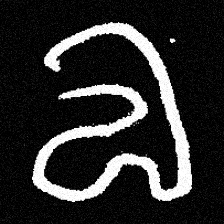
Pyu character \u2014 Myanmar letter: လ (romanized: la)